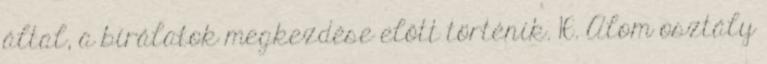
által, a bírálatok megkezdése előtt történik. 16. Alom osztály